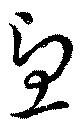
憂